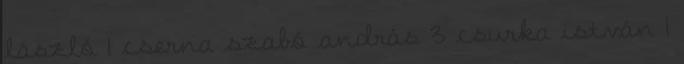
lászló 1 cserna szabó andrás 3 csurka istván 1